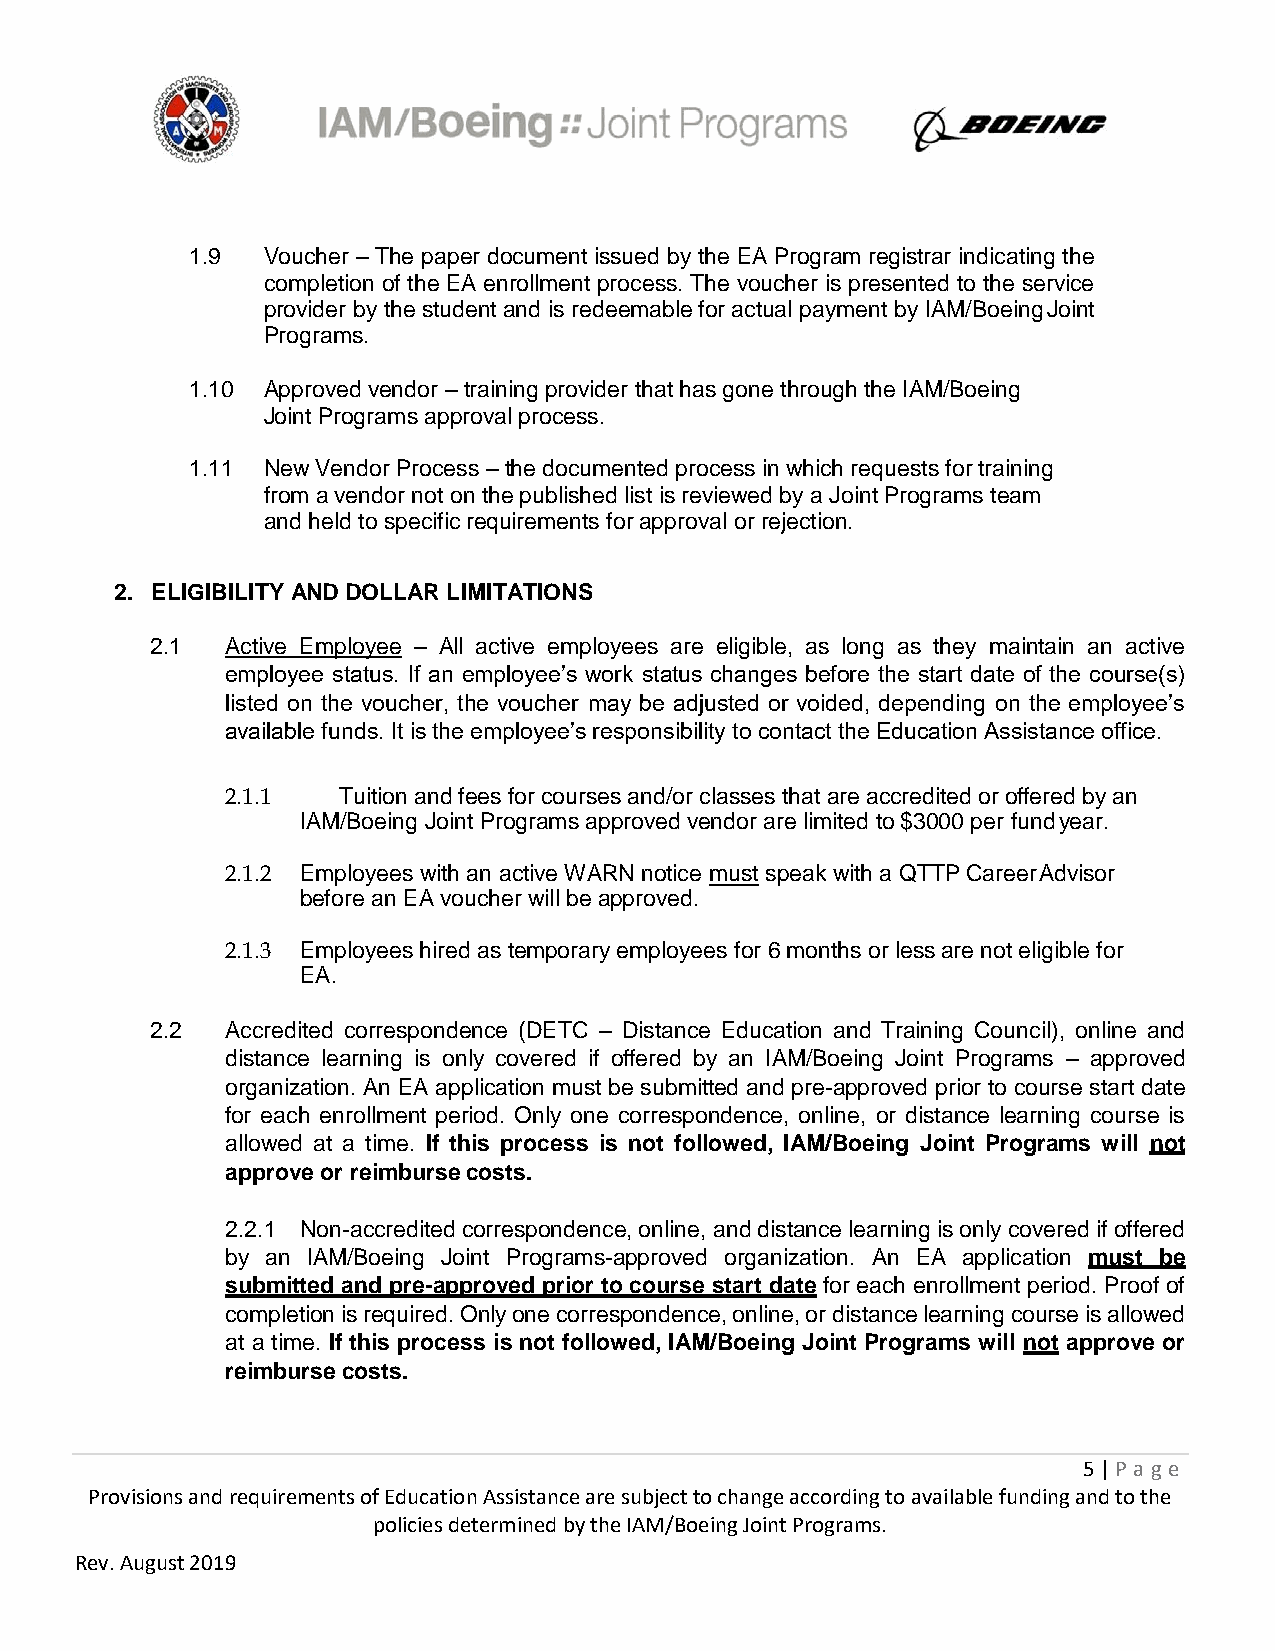
1.9  Voucher – The paper document issued by the EA Program registrar indicating the
 completion of the EA enrollment process. The voucher is presented to the service
 provider by the student and is redeemable for actual payment by IAM/Boeing Joint
 Programs.
 1.10 Approved vendor – training provider that has gone through the IAM/Boeing
 Joint Programs approval process.
 1.11 New Vendor Process – the documented process in which requests for training
 from a vendor not on the published list is reviewed by a Joint Programs team
 and held to specific requirements for approval or rejection.
 2. ELIGIBILITY AND DOLLAR LIMITATIONS
 2.1  Active Employee – All active employees are eligible, as long as they maintain an active
 employee status. If an employee’s work status changes before the start date of the course(s)
 listed on the voucher, the voucher may be adjusted or voided, depending on the employee’s
 available funds. It is the employee’s responsibility to contact the Education Assistance office.
 2.1.1  Tuition and fees for courses and/or classes that are accredited or offered by an
 IAM/Boeing Joint Programs approved vendor are limited to $3000 per fund year.
 2.1.2 Employees with an active WARN notice must speak with a QTTP Career Advisor
 before an EA voucher will be approved.
 2.1.3 Employees hired as temporary employees for 6 months or less are not eligible for
 EA.
 2.2  Accredited correspondence (DETC – Distance Education and Training Council), online and
 distance learning is only covered if offered by an IAM/Boeing Joint Programs – approved
 organization. An EA application must be submitted and pre-approved prior to course start date
 for each enrollment period. Only one correspondence, online, or distance learning course is
 allowed at a time. If this process is not followed, IAM/Boeing Joint Programs will not
 approve or reimburse costs.
 2.2.1 Non-accredited correspondence, online, and distance learning is only covered if offered
 by an IAM/Boeing Joint Programs-approved organization. An EA application must be
 submitted and pre-approved prior to course start date for each enrollment period. Proof of
 completion is required. Only one correspondence, online, or distance learning course is allowed
 at a time. If this process is not followed, IAM/Boeing Joint Programs will not approve or
 reimburse costs.
 5 | P age
 Provisions and requirements of Education Assistance are subject to change according to available funding and to the
 policies determined by the IAM/Boeing Joint Programs.
 Rev. August 2019